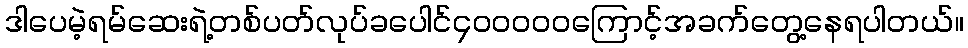
ဒါပေမဲ့ရမ်ဆေးရဲ့တစ်ပတ်လုပ်ခပေါင်၄၀၀၀၀၀ကြောင့်အခက်တွေ့နေရပါတယ်။